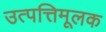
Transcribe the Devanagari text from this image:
उत्पत्तिमूलक